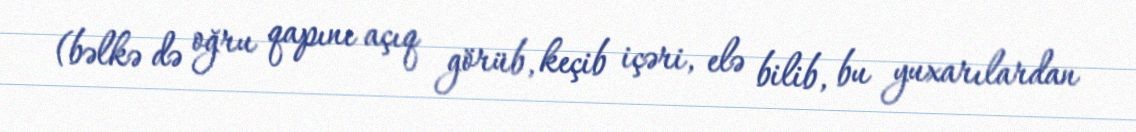
(bəlkə də oğru qapını açıq görüb, keçib içəri, elə bilib, bu yuxarılardan